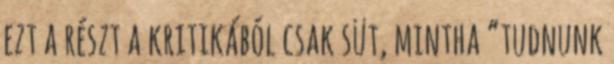
ezt a részt a kritikából csak süt, mintha “tudnunk